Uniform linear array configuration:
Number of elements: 48
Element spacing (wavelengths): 0.5
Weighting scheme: uniform
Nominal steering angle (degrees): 60
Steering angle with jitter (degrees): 59.183
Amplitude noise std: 0.05
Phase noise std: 0.05

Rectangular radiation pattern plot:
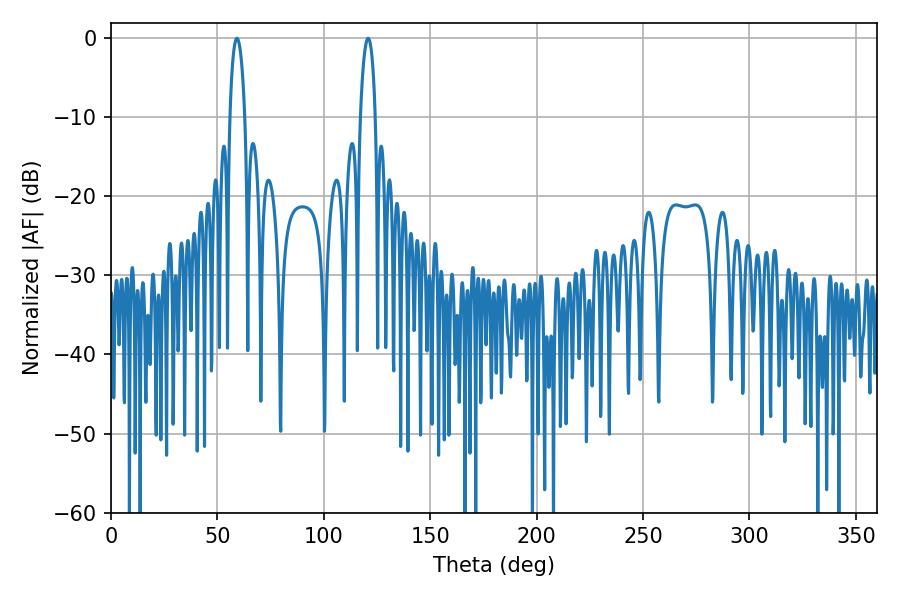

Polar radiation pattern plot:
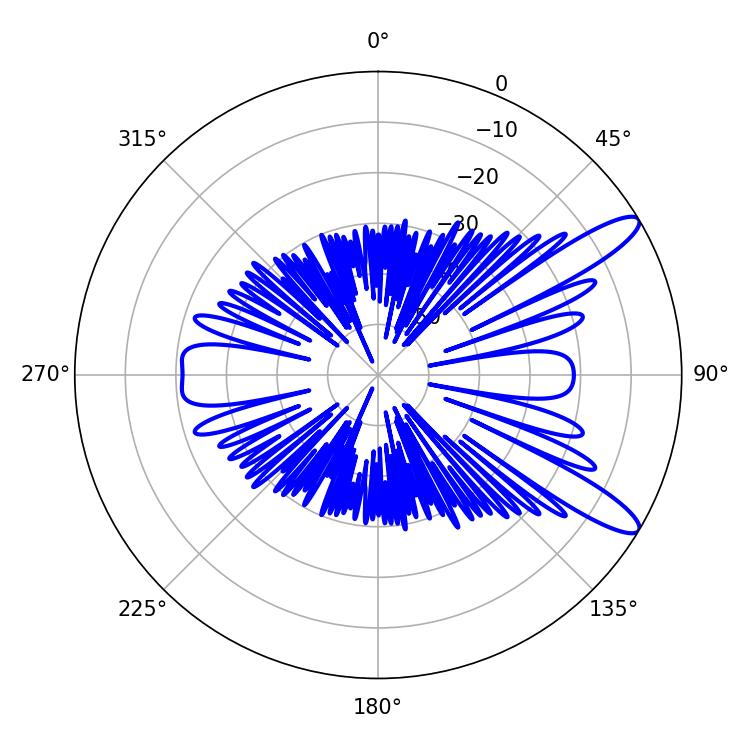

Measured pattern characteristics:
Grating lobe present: FALSE
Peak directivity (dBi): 11.692
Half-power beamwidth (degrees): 3.96
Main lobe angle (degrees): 120.78